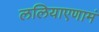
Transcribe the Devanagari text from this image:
ललियाएणामं